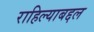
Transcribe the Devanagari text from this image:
राहिल्याबद्दल